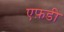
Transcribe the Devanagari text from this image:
एफ़डी